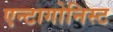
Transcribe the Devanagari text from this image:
एन्टागोनिस्ट